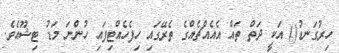
ހިރުގަނޑު() އަކީ ދަތް ތައް އެއެއްޗެއްގެ ތެރޭގައި ހިފެހެއްޓިފައި ހުންނަ މަޑު ޓިޝޫއެވެ.